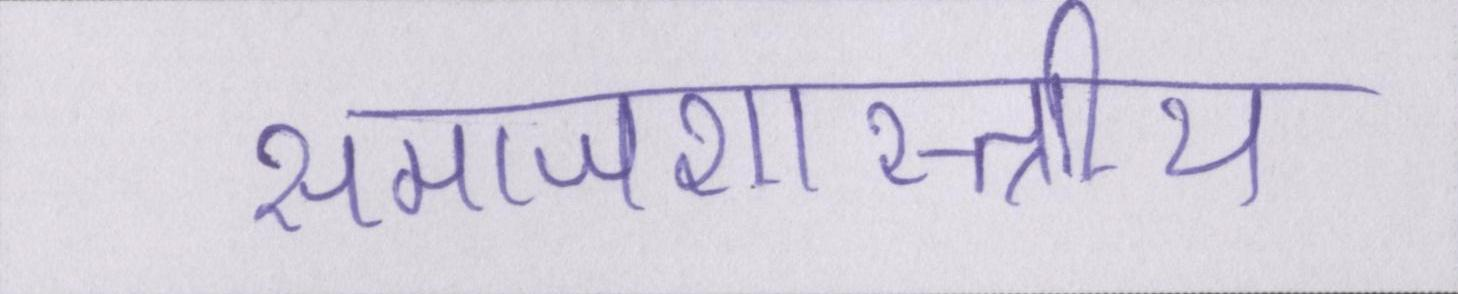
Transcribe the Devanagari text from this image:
समाजशास्त्राीय